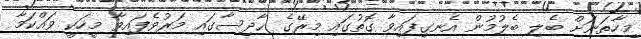
މިހާތަނަށް ބެލި ބެލުމުން އެނގިފައިވާ ގޮތުގައި މިރޭގެ ޙާދިސާގައި މަރުވެފައިވާ މީހަކީ ވައްކަމާ